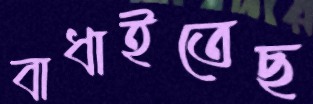
বাধাইতেছ